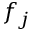
f _ { j }